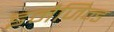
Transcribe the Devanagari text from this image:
इमैजिन्ड